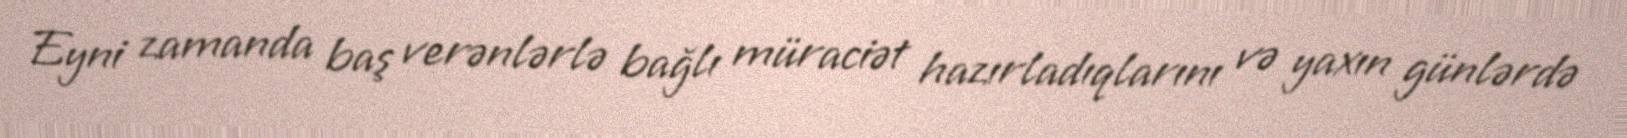
Eyni zamanda baş verənlərlə bağlı müraciət hazırladıqlarını və yaxın günlərdə